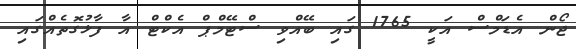
ޖޯން އެޑަމްސް އަކީ 1765 ގައި ބޭއްވި ސްޓޭމްޕް އެކްޓް އާ ފާޅުގޮތެއްގައި